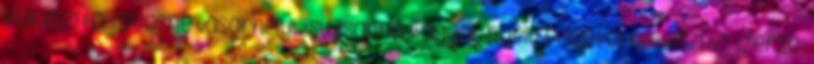
felkészítő Szívósné Vásárhelyi Zsuzsanna Magyar nyelv felvételi felkészítő Szerző: